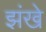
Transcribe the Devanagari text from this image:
झंखे